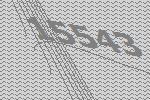
15543